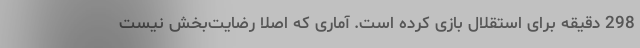
298 دقیقه برای استقلال بازی کرده است. آماری که اصلاً رضایت‌بخش نیست